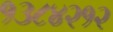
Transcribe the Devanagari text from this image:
१३८४२१२